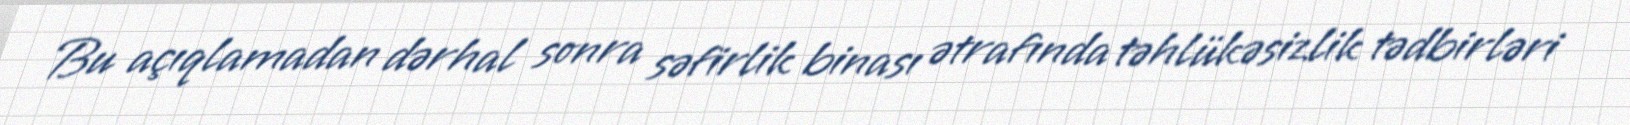
Bu açıqlamadan dərhal sonra səfirlik binası ətrafında təhlükəsizlik tədbirləri